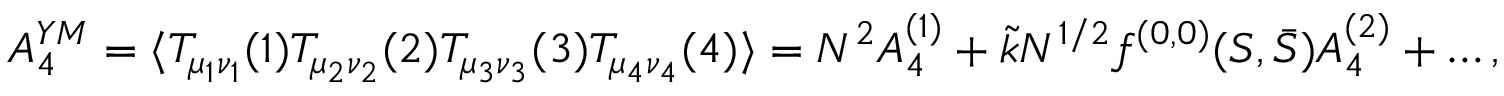
{ A _ { 4 } ^ { Y M } = \langle T _ { \mu _ { 1 } \nu _ { 1 } } ( 1 ) T _ { \mu _ { 2 } \nu _ { 2 } } ( 2 ) T _ { \mu _ { 3 } \nu _ { 3 } } ( 3 ) T _ { \mu _ { 4 } \nu _ { 4 } } ( 4 ) \rangle = N ^ { 2 } A _ { 4 } ^ { ( 1 ) } + \tilde { k } N ^ { 1 / 2 } f ^ { ( 0 , 0 ) } ( S , \bar { S } ) A _ { 4 } ^ { ( 2 ) } + \dots , }